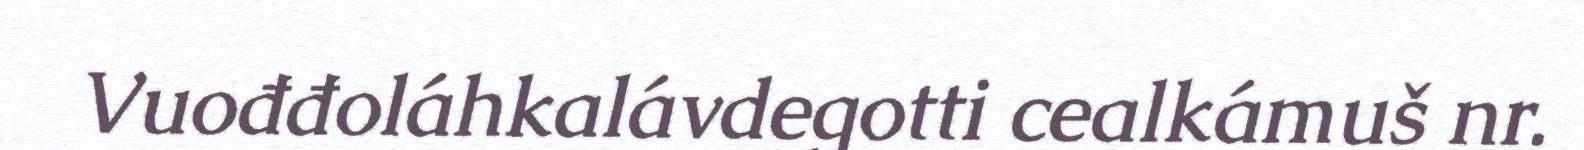
Vuođđoláhkalávdegotti cealkámuš nr.